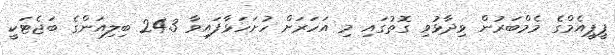
ޕީޕީއެމްގެ މެމްބަރުން ވިދާޅުވި ގޮތުގައި މި އަހަރަށް ހުށަހަޅާފައިވާ 24.3 ބިލިއަންގެ ބަޖެޓަކީ